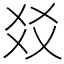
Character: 㸚